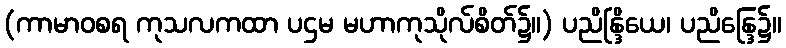
(ကာမာဝစရ ကုသလကထာ ပဌမ မဟာကုသိုလ်စိတ်၌။) ပညိန္ဒြိယေ၊ ပညိန္ဒြေ၌။